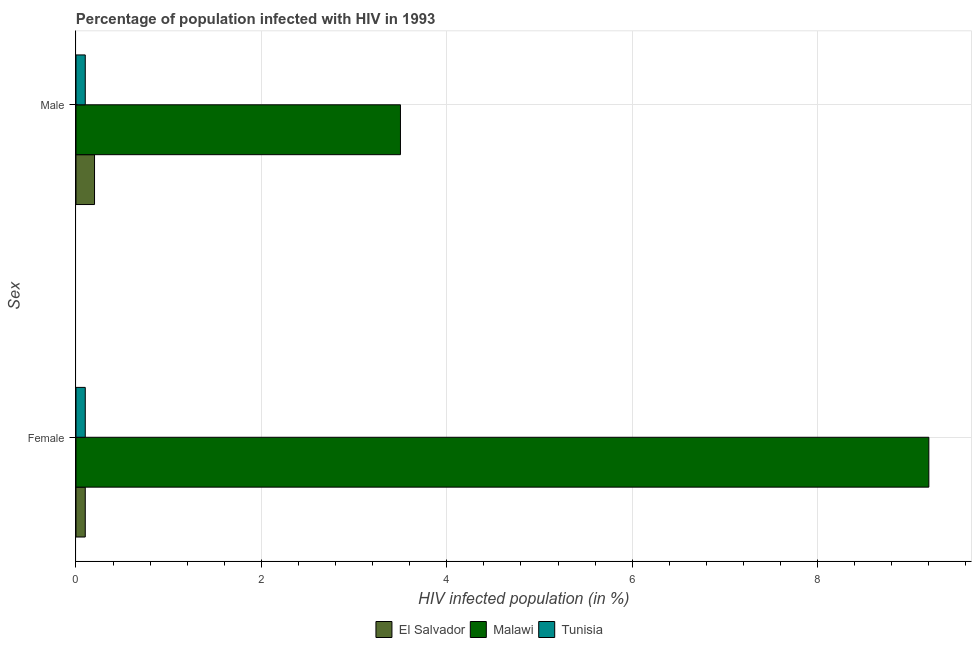
| Sex | El Salvador | Malawi | Tunisia |
 | --- | --- | --- | --- |
 | Female | 0.1 | 9.2 | 0.1 |
 | Male | 0.2 | 3.5 | 0.1 |